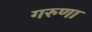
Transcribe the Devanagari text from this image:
गरुणा